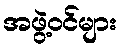
အဖွဲ့ဝင်များ